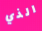
الذي